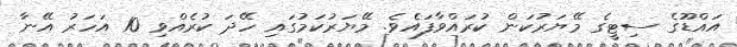
އައްޑޫގެ ސިޓީގެ މޭޔަރުކަން ކުރައްވާފައެވެ. މޭޔަރުކަމުގައި ހޭދަ ކުރެއްވި 10 އަހަރު އޭނާ